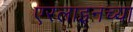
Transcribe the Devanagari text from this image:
एरलाइनच्या